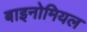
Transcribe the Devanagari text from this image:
बाइनोमियल